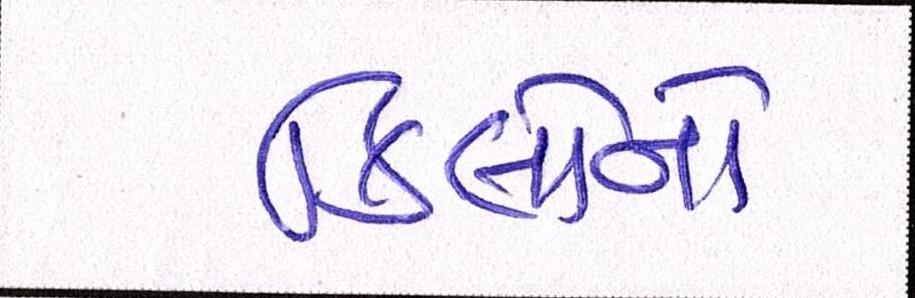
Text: કિલોનો